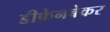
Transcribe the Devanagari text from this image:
डीफेनबेकर